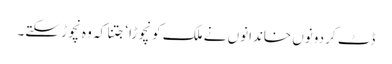
ڈٹ کر دونوں خاندانوں نے ملک کو نچوڑا‘ جتنا کہ وہ نچوڑ سکتے۔